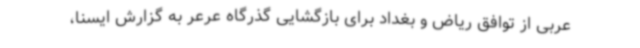
عربی از توافق ریاض و بغداد برای بازگشایی گذرگاه عرعر به گزارش ایسنا،